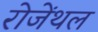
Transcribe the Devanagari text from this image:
रोजेंथल